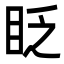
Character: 眨